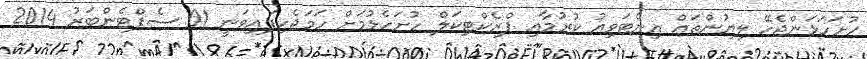
ހުށަހަޅަންޖެހޭ ލިޔުންތައް އިންޓަވިއު ކުރުމާއި ޕްރެކްޓިކަލް ހުށަހެޅުމަށް ހަމަޖެހިފައިވަނީ 01 ސެޕްޓެންބަރު 2014